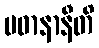
ပဓာနာနီတိ